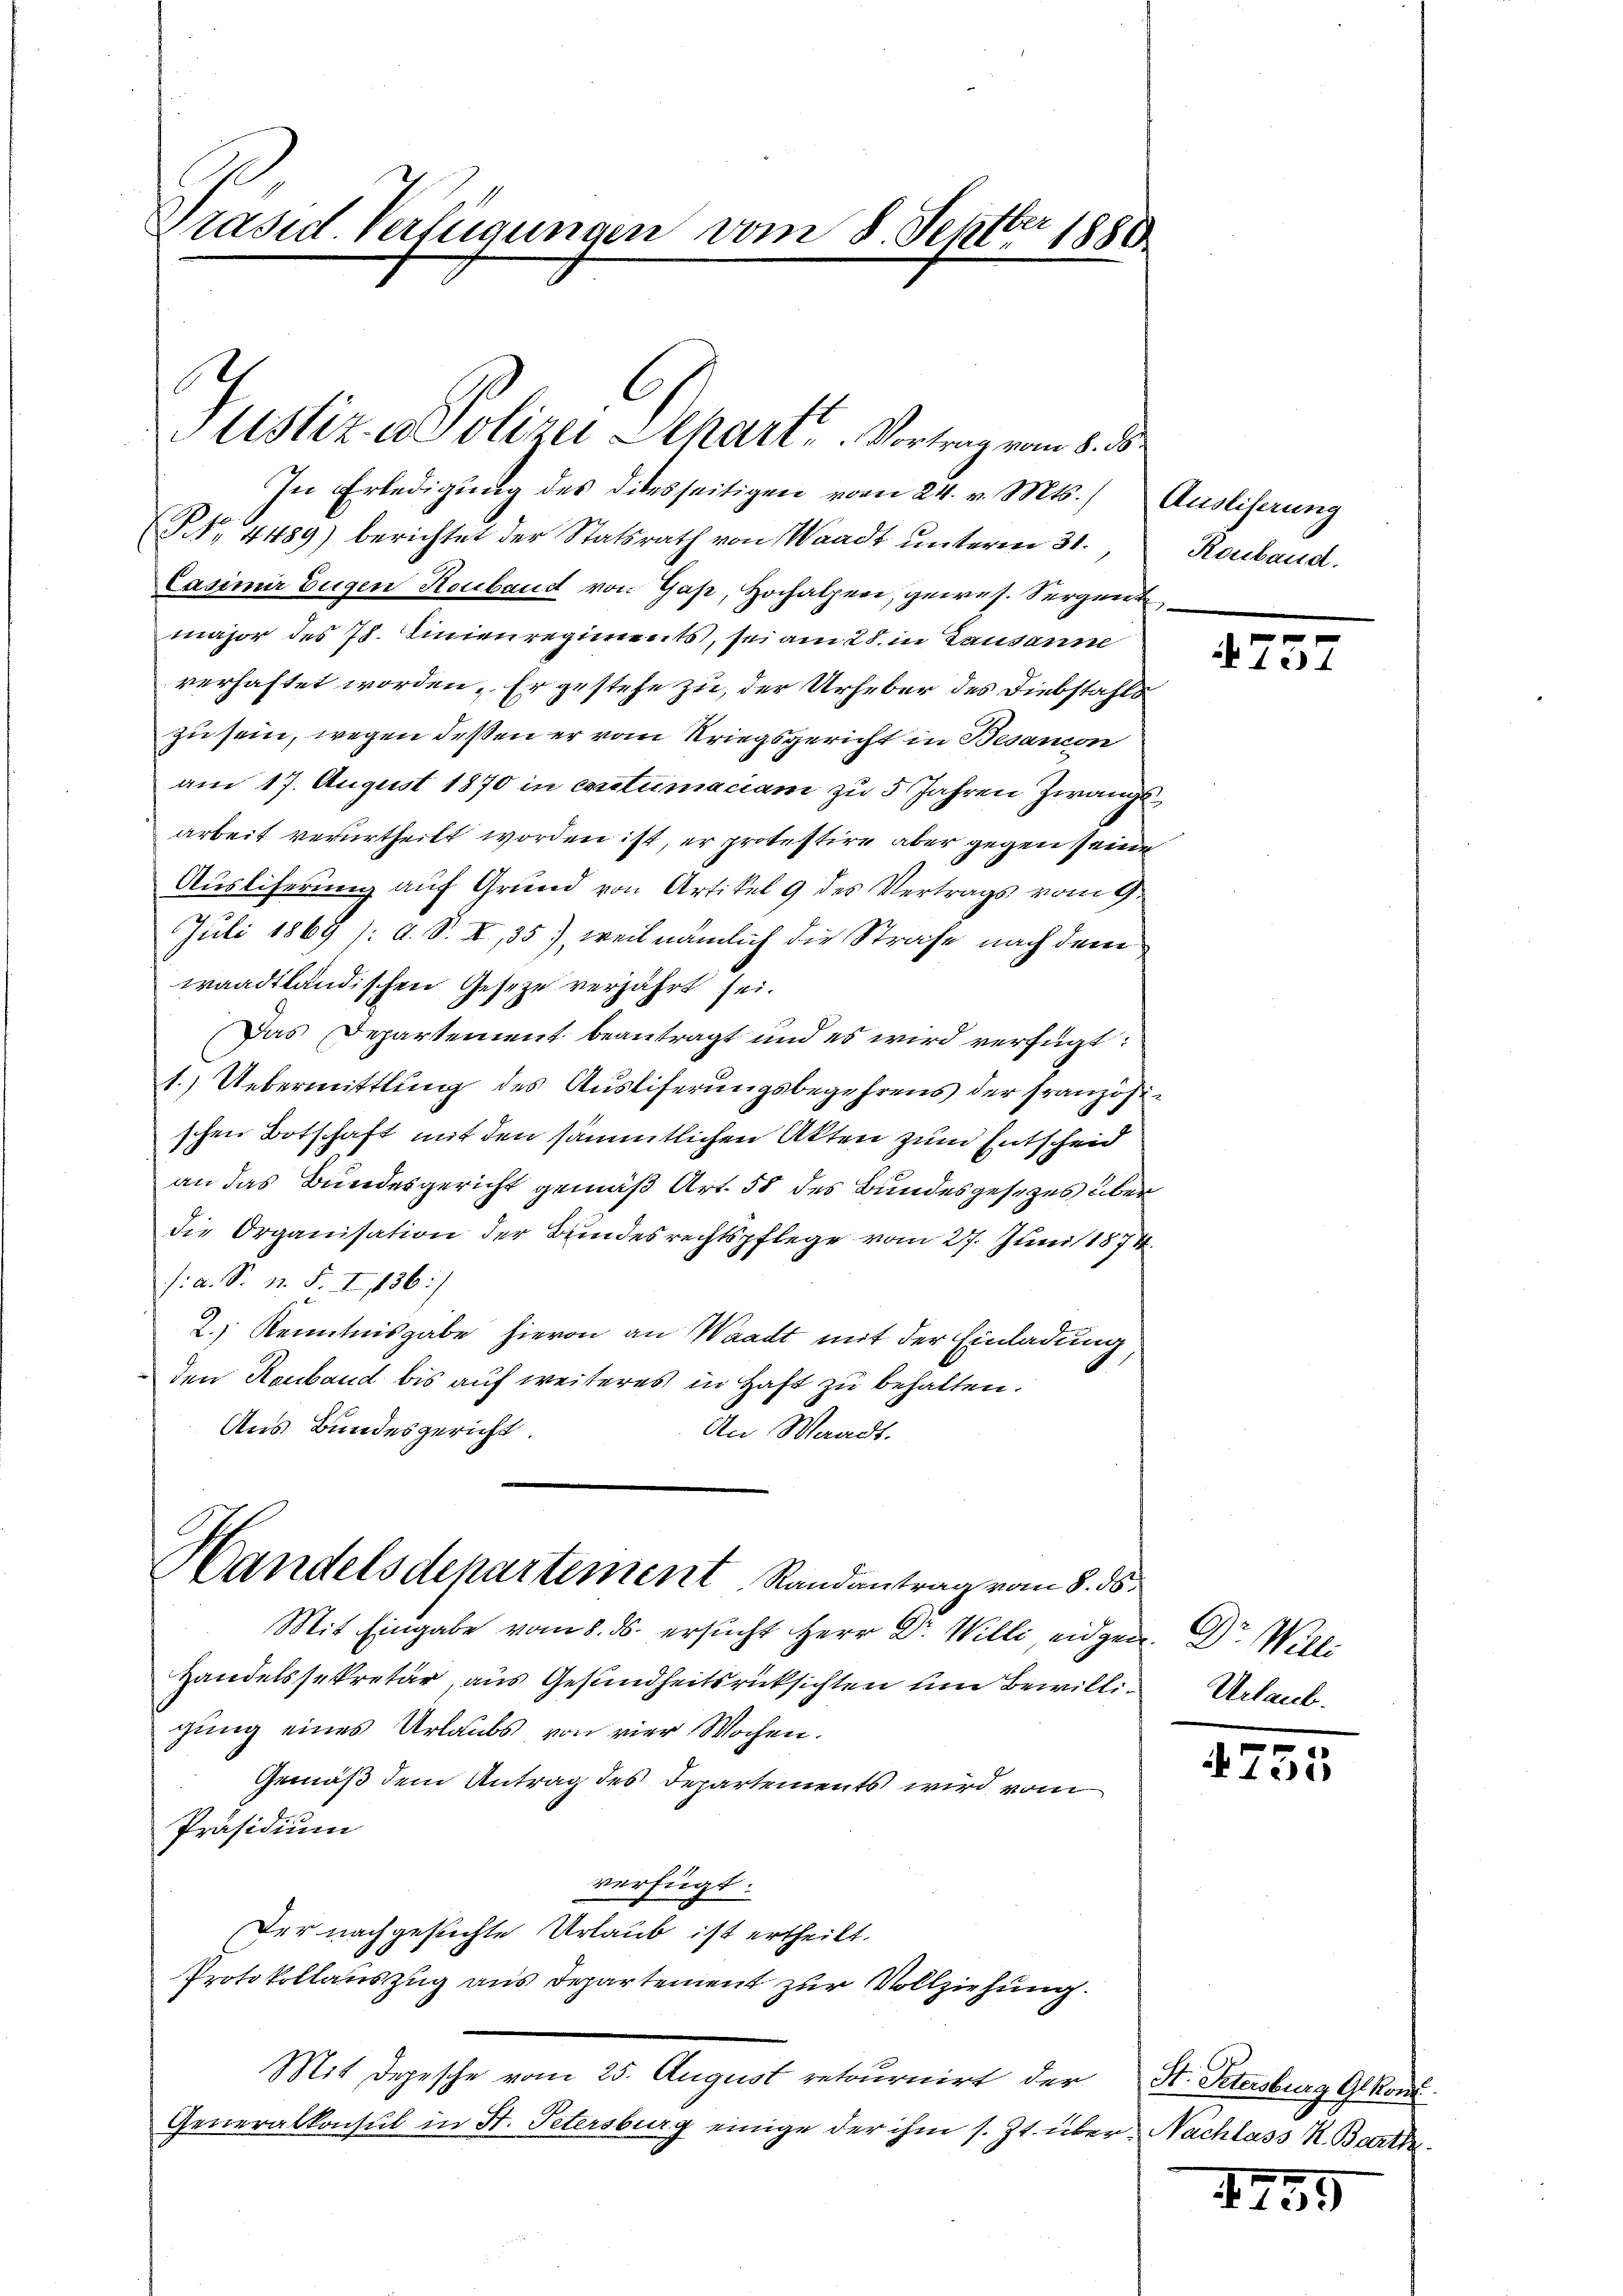
Präsid. Verfügungen vom 8. Septbr 1880

F
Justiz- & Polizei Schart. Vortrag vom 8. ds.

Handelsdepartement Randantrag vom 8. ds.

Mit Eingabe vom 8. ds. ersucht Herr Dr. Willi, eidgen. Dr. Will
Handelssekretär, aus Gesundheitsrücksichten um Bewilli¬ Urlaubgung eines Urlaubs von vier Wochen.
Gemäß dem Antrag des Departements wird vom
Präsidium
verfügt:
Der nachgesuchte Urlaub ist ertheilt.
Protokollauszug aus Departement zur Vollziehung.
Mit Depesche vom 25. August retournirt der
Generalkonsul in St. Petersburg einige der ihm s. Zt. über Nachlass K. Bartl.

In Erledigung des ditesseitigen vom 24. v. Mts.) Ausliserung
N. 4489) berichtet der Statsrath von Waadt unterm 31.
Casimir Eugen Houbaud von Gap, Hochalpen, gewes. Sergent
major des 78. Linienregiments, sei am 28. in Lausanne
verhaftet worden. Er gestehe zu, der Urheber des Diebstahls
zu sein, wegen deßen er vom Kriegsgericht in Besanion
am 17. August 1870 in contumaciam zu 5 Jahren Zwangsarbeit verurtheilt worden ist, er protestire aber gegen seine
Ausliferung auf Grund von Artikel 9 des Vertrags vom 9.
Juli 1869 /: d. S. I, 35), weil nämlich die Strafe nach dem
waadtländischen Gesetze verjährt sei.
Das Departement beantragt und es wird verfügt:
1.) Uebermittlung des Ausliferungsbegehrens der französischen Botschaft mit den sämmtlichen Akten zum Entscheid
an das Bundesgericht gemäß Art. 58 des Bundesgesetzes über
die Organisation der Bundesrechtspflege vom 27. Juni 1874.
/: a. S. n. F. II, 1836/
2.) Kenntnisgabe hievon an Waadt mit der Einladung,
den Rauband bis auf weiteres in Haft zu behalten.
Aus Bundesgericht.
An Waadt.

Reubaud.

.
 1234

i
4755

St. Petersburg Gekon

1255